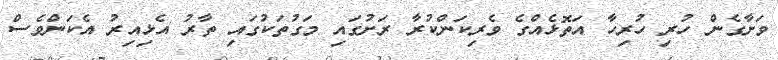
ވަށާގެން ހުރި ހުރިހާ އަތޮޅެއްގެ ވެރިކަންކުރާ ރަށުގައި މަގުތަކުގައި ތާރު އެޅިއިރު އެކަންވެސް